Assam Mental Hospital (Tezpur, India) - 1933-1948
Year: 1933
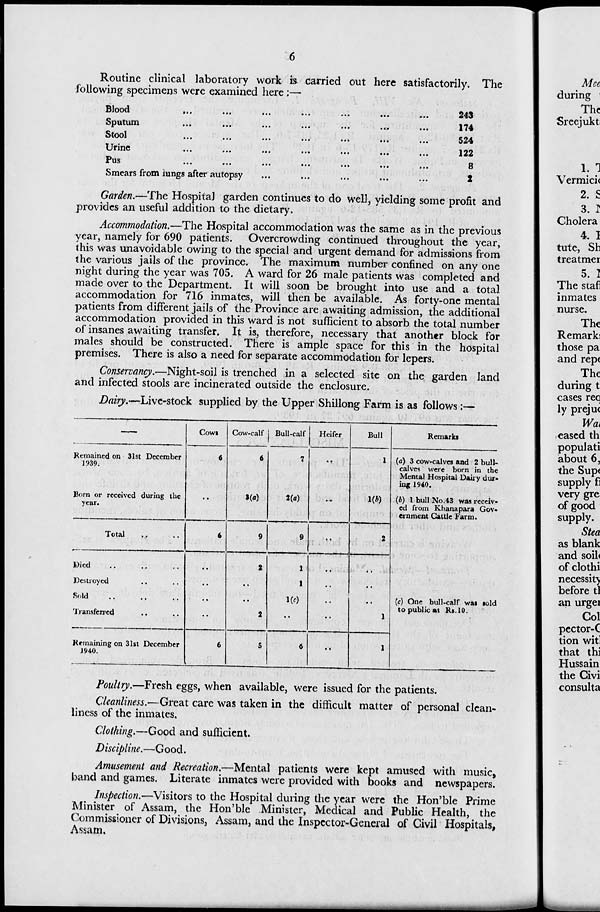
6
Routine clinical laboratory work is carried out here satisfactorily. The
following specimens were examined here:—
Blood ... ... ... ... ... ... ...
Sputum ... ... ... ... ... ... ...
Stool ... ... ... ... ... ... ...
Urine ... ... ... ... ... ... ...
Pus ... ... ... ... ... ... ...
Smears from lungs after autopsy ... ... ... ...
243
174
524
122
8
2
Garden.—The Hospital garden continues to do well, yielding some profit and
provides an useful addition to the dietary.
Accommodation.—The Hospital accommodation was the same as in the previous
year, namely for 690 patients. Overcrowding continued throughout the year,
this was unavoidable owing to the special and urgent demand for admissions from
the various jails of the province. The maximum number confined on any one
night during the year was 705. A ward for 26 male patients was completed and
made over to the Department. It will soon be brought into use and a total
accommodation for 716 inmates, will then be available. As forty-one mental
patients from different jails of the Province are awaiting admission, the additional
accommodation provided in this ward is not sufficient to absorb the total number
of insanes awaiting transfer. It is, therefore, necessary that another block for
males should be constructed. There is ample space for this in the hospital
premises. There is also a need for separate accommodation for lepers.
Conservancy.—Night-soil is trenched in a selected site on the garden land
and infected stools are incinerated outside the enclosure.
Dairy.—Live-stock supplied by the Upper Shillong Farm is as follows :—
—
Remained on 31st December
1939.
Born or received during the
year.
Total .. ..
Died .. .. ..
Destroyed .. ..
Sold .. .. ..
Transferred .. ..
Remaining on 31st December
1940.
Cows
6
..
6
..
..
..
..
6
Cow-calf
6
3(a)
9
2
..
..
2
5
Bull-calf
7
2(a)
9
1
1
1(c)
..
6
Heifer
..
...
..
..
..
..
..
..
Bull
1
1(b)
2
..
..
..
1
1
Remarks
(a) 3 cow-calves and 2 bull-
calves were born in the
Mental Hospital Dairy dur-
ing 1940.
(b) 1 bull No.43 was receiv-
ed from Khanapara Gov-
ernment Cattle Farm.
(c) One bull-calf was sold
to public at Rs.10.
Poultry.—Fresh eggs, when available, were issued for the patients.
Cleanliness.—Great care was taken in the difficult matter of personal clean-
liness of the inmates.
Clothing.—Good and sufficient.
Discipline.—Good.
Amusement and Recreation.—Mental patients were kept amused with music,
band and games. Literate inmates were provided with books and newspapers.
Inspection.—Visitors to the Hospital during the year were the Hon'ble Prime
Minister of Assam, the Hon'ble Minister, Medical and Public Health, the
Commissioner of Divisions, Assam, and the Inspector-General of Civil Hospitals,
Assam.